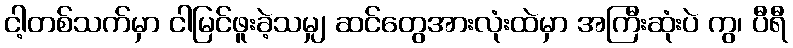
ငါ့တစ်သက်မှာ ငါမြင်ဖူးခဲ့သမျှ ဆင်တွေအားလုံးထဲမှာ အကြီးဆုံးပဲ ကွ၊ ပီရီ